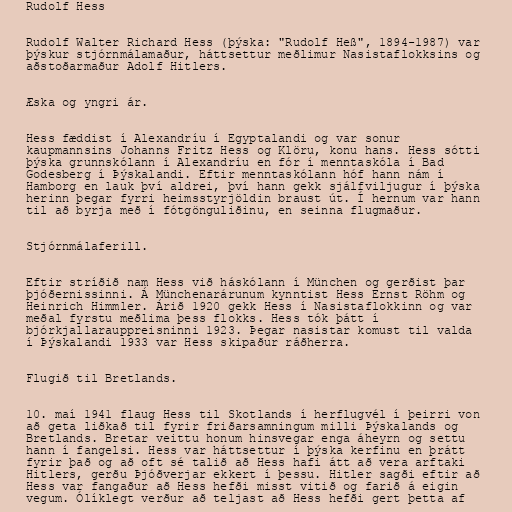
Rudolf Hess

Rudolf Walter Richard Hess (þýska: "Rudolf Heß", 1894-1987) var
þýskur stjórnmálamaður, háttsettur meðlimur Nasistaflokksins og
aðstoðarmaður Adolf Hitlers.

Æska og yngri ár.

Hess fæddist í Alexandríu í Egyptalandi og var sonur
kaupmannsins Johanns Fritz Hess og Klöru, konu hans. Hess sótti
þýska grunnskólann í Alexandríu en fór í menntaskóla í Bad
Godesberg í Þýskalandi. Eftir menntaskólann hóf hann nám í
Hamborg en lauk því aldrei, því hann gekk sjálfviljugur í þýska
herinn þegar fyrri heimsstyrjöldin braust út. Í hernum var hann
til að byrja með í fótgönguliðinu, en seinna flugmaður.

Stjórnmálaferill.

Eftir stríðið nam Hess við háskólann í München og gerðist þar
þjóðernissinni. Á Münchenarárunum kynntist Hess Ernst Röhm og
Heinrich Himmler. Árið 1920 gekk Hess í Nasistaflokkinn og var
meðal fyrstu meðlima þess flokks. Hess tók þátt í
bjórkjallarauppreisninni 1923. Þegar nasistar komust til valda
í Þýskalandi 1933 var Hess skipaður ráðherra.

Flugið til Bretlands.

10. maí 1941 flaug Hess til Skotlands í herflugvél í þeirri von
að geta liðkað til fyrir friðarsamningum milli Þýskalands og
Bretlands. Bretar veittu honum hinsvegar enga áheyrn og settu
hann í fangelsi. Hess var háttsettur í þýska kerfinu en þrátt
fyrir það og að oft sé talið að Hess hafi átt að vera arftaki
Hitlers, gerðu Þjóðverjar ekkert í þessu. Hitler sagði eftir að
Hess var fangaður að Hess hefði misst vitið og farið á eigin
vegum. Ólíklegt verður að teljast að Hess hefði gert þetta af